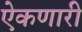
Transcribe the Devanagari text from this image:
ऐकणारी